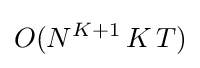
O(N^{K+1}\,K\,T)